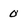
Character: 0